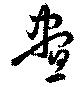
昼